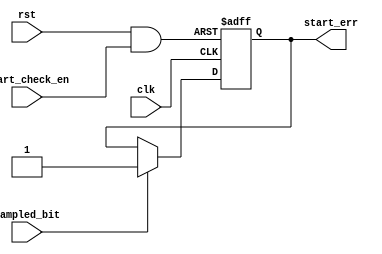
module Start_Check (
    input  wire  clk,
    input  wire  rst,
    input  wire  sampled_bit,
    input  wire  start_check_en,
    output  reg  start_err
);
assign start_rst=rst&start_check_en;

    always @(posedge clk or negedge start_rst) begin
        if (!start_rst) begin
            start_err<='b0;
        end else if (sampled_bit=='b1) begin
                start_err<='b1;
        end
    end

endmodule